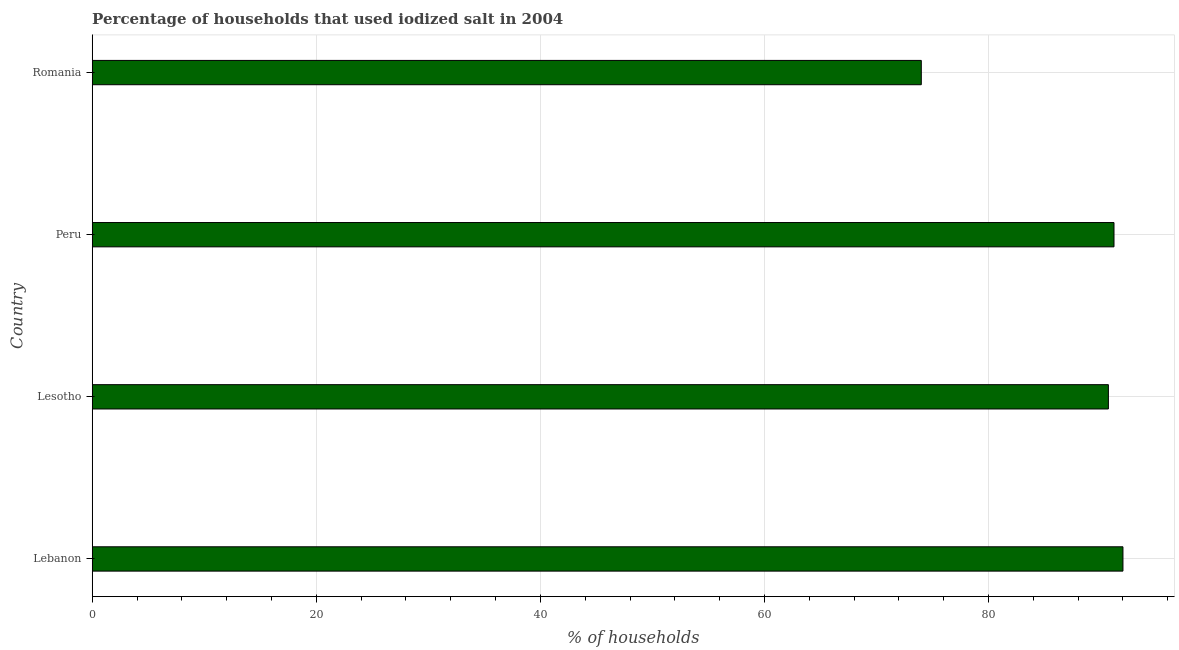
| Country | Consumption of iodized salt |
 | --- | --- |
 | Lebanon | 92 |
 | Lesotho | 90.7 |
 | Peru | 91.2 |
 | Romania | 74 |